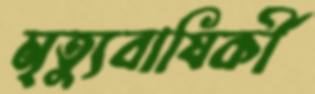
মৃত্যুবাষির্কী